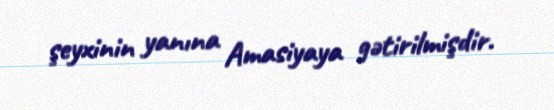
şeyxinin yanına Amasiyaya gətirilmişdir.